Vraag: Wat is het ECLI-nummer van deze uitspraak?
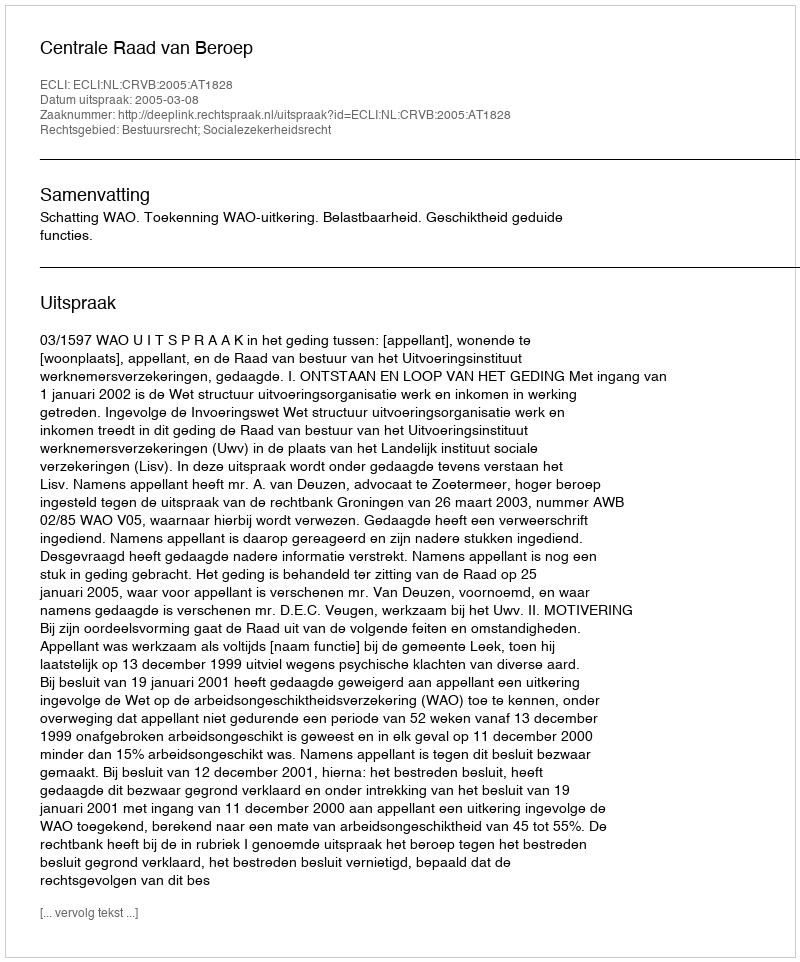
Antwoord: ECLI:NL:CRVB:2005:AT1828